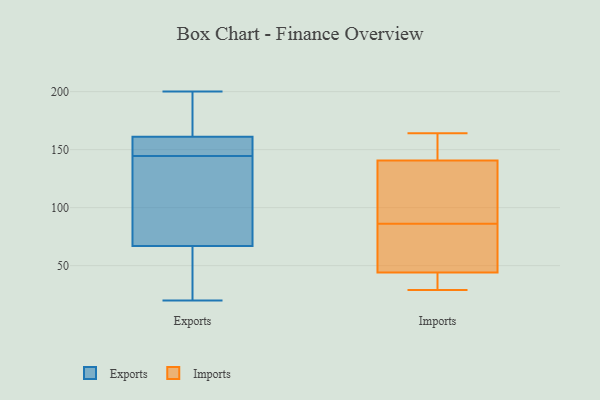
{"axis": {"x": "Latency (ms)", "y": "Value"}, "legend": ["Exports", "Imports"], "data": [{"x": "", "y": 155, "type": "Exports"}, {"x": "", "y": 161, "type": "Exports"}, {"x": "", "y": 200, "type": "Exports"}, {"x": "", "y": 67, "type": "Exports"}, {"x": "", "y": 35, "type": "Exports"}, {"x": "", "y": 100, "type": "Exports"}, {"x": "", "y": 29, "type": "Exports"}, {"x": "", "y": 161, "type": "Exports"}, {"x": "", "y": 199, "type": "Exports"}, {"x": "", "y": 151, "type": "Exports"}, {"x": "", "y": 152, "type": "Exports"}, {"x": "", "y": 174, "type": "Exports"}, {"x": "", "y": 128, "type": "Exports"}, {"x": "", "y": 92, "type": "Exports"}, {"x": "", "y": 138, "type": "Exports"}, {"x": "", "y": 44, "type": "Exports"}, {"x": "", "y": 20, "type": "Exports"}, {"x": "", "y": 156, "type": "Exports"}, {"x": "", "y": 86, "type": "Imports"}, {"x": "", "y": 164, "type": "Imports"}, {"x": "", "y": 98, "type": "Imports"}, {"x": "", "y": 29, "type": "Imports"}, {"x": "", "y": 160, "type": "Imports"}, {"x": "", "y": 65, "type": "Imports"}, {"x": "", "y": 142, "type": "Imports"}, {"x": "", "y": 65, "type": "Imports"}, {"x": "", "y": 37, "type": "Imports"}, {"x": "", "y": 136, "type": "Imports"}, {"x": "", "y": 32, "type": "Imports"}]}